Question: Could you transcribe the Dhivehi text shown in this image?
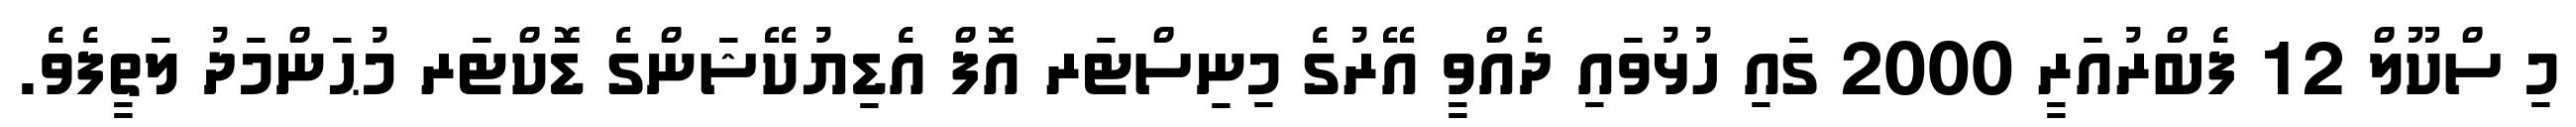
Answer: މި ސްކޫލް 12 ފެބްރުއަރީ 2000 ގައި ހުޅުވައި ދެއްވީ އޭރުގެ މިނިސްޓަރ އޮފް އެޑިޔުކޭޝަންގެ ޑޮކްޓަރ މުޙަންމަދު ލަތީފެވެ.